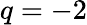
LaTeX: q=-2